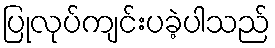
ပြုလုပ်ကျင်းပခဲ့ပါသည်